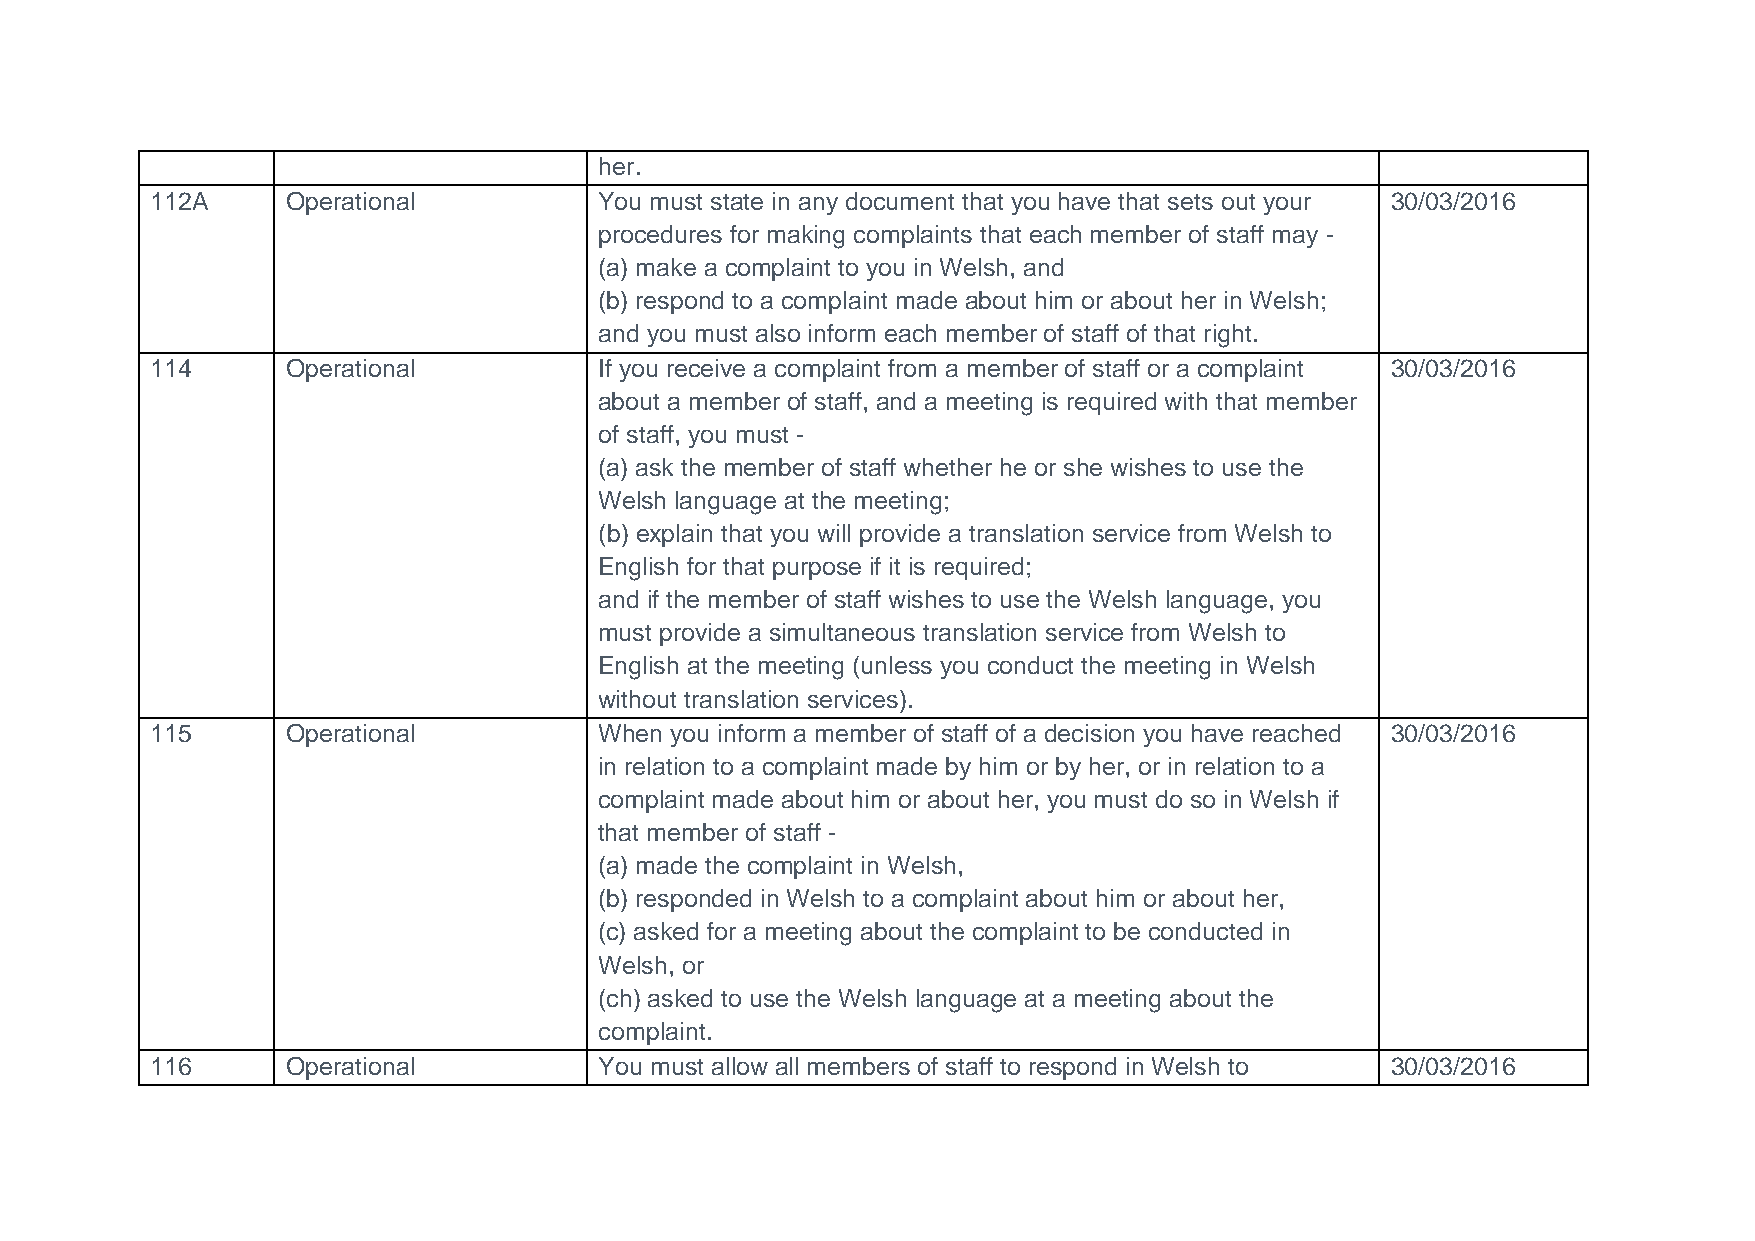
her.
 112A     Operational          You must state in any document that you have that sets out your 30/03/2016
 procedures for making complaints that each member of staff may -
 (a) make a complaint to you in Welsh, and
 (b) respond to a complaint made about him or about her in Welsh;
 and you must also inform each member of staff of that right.
 114      Operational          If you receive a complaint from a member of staff or a complaint 30/03/2016
 about a member of staff, and a meeting is required with that member
 of staff, you must -
 (a) ask the member of staff whether he or she wishes to use the
 Welsh language at the meeting;
 (b) explain that you will provide a translation service from Welsh to
 English for that purpose if it is required;
 and if the member of staff wishes to use the Welsh language, you
 must provide a simultaneous translation service from Welsh to
 English at the meeting (unless you conduct the meeting in Welsh
 without translation services).
 115      Operational          When you inform a member of staff of a decision you have reached 30/03/2016
 in relation to a complaint made by him or by her, or in relation to a
 complaint made about him or about her, you must do so in Welsh if
 that member of staff -
 (a) made the complaint in Welsh,
 (b) responded in Welsh to a complaint about him or about her,
 (c) asked for a meeting about the complaint to be conducted in
 Welsh, or
 (ch) asked to use the Welsh language at a meeting about the
 complaint.
 116      Operational          You must allow all members of staff to respond in Welsh to 30/03/2016